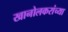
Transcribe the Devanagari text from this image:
खानोलकरांच्या